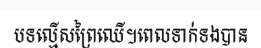
បទល្មើសព្រៃឈើ។ពេលទាក់ទងបាន